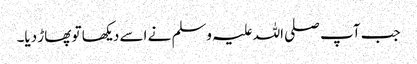
جب آپ صلی اللہ علیہ وسلم نے اسے دیکھا تو پھاڑ دیا۔